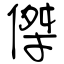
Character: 傑